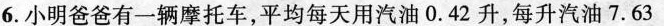
6.小明爸爸有一辆摩托车，平均每天用汽油0.42升，每升汽油7.63